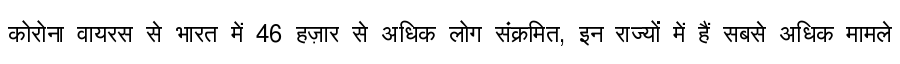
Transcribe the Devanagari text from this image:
कोरोना वायरस से भारत में 46 हज़ार से अधिक लोग संक्रमित, इन राज्यों में हैं सबसे अधिक मामले